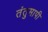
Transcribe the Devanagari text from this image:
तंतुमापी